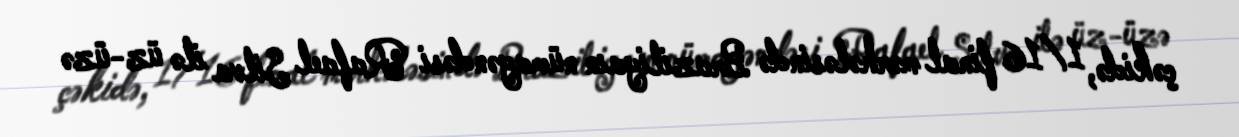
çəkidə, 1/16 final mərhələsində Braziliyaın nümayəndəsi Rafael Silva ilə üz-üzə